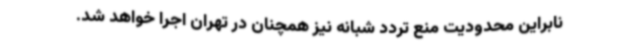
نابراین محدودیت منع تردد شبانه نیز همچنان در تهران اجرا خواهد شد.